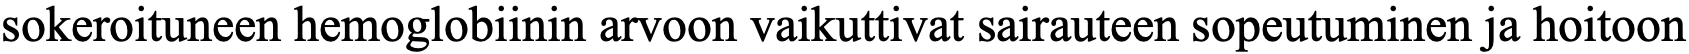
sokeroituneen hemoglobiinin arvoon vaikuttivat sairauteen sopeutuminen ja hoitoon